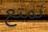
تمتع